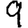
Digit: 9